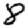
Digit: 8